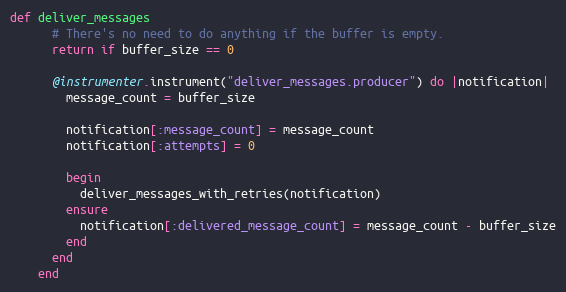
Language: Ruby
def deliver_messages
      # There's no need to do anything if the buffer is empty.
      return if buffer_size == 0

      @instrumenter.instrument("deliver_messages.producer") do |notification|
        message_count = buffer_size

        notification[:message_count] = message_count
        notification[:attempts] = 0

        begin
          deliver_messages_with_retries(notification)
        ensure
          notification[:delivered_message_count] = message_count - buffer_size
        end
      end
    end